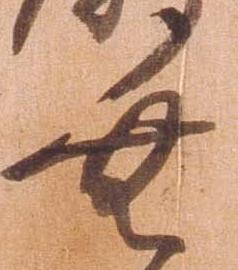
無